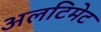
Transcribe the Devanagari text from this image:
अलटिमेट